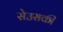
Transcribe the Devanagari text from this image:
सेउसकी